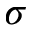
\sigma